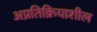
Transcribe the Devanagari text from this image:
अप्रतिक्रियाशील